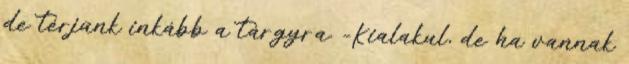
de térjünk inkább a tárgyra. -Kialakul, de ha vannak